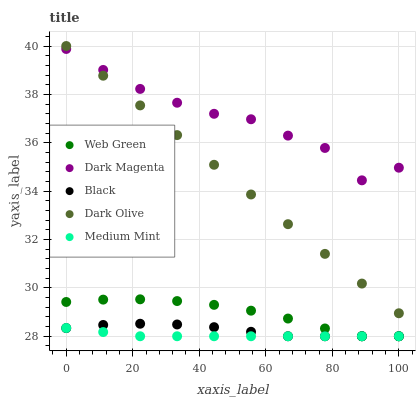
| xaxis_label | Web Green | Dark Magenta | Black | Dark Olive | Medium Mint |
 | --- | --- | --- | --- | --- | --- |
 | 0 | 29.4 | 39.9 | 28.3 | 40 | 28.3 |
 | 11.1 | 29.5 | 39 | 28.5 | 38.8 | 28.2 |
 | 22.2 | 29.5 | 38.2 | 28.5 | 37.5 | 28 |
 | 33.3 | 29.5 | 37.7 | 28.5 | 36.3 | 28 |
 | 44.4 | 29.3 | 37.2 | 28.4 | 35.1 | 28 |
 | 55.6 | 29.1 | 37 | 28.2 | 33.9 | 28 |
 | 66.7 | 28.7 | 36.3 | 28 | 32.6 | 28 |
 | 77.8 | 28.3 | 35.8 | 28 | 31.4 | 28 |
 | 88.9 | 28 | 34.4 | 28 | 30.2 | 28 |
 | 100 | 28 | 35 | 28 | 29 | 28 |